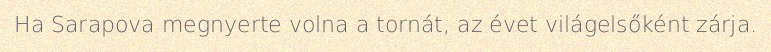
Ha Sarapova megnyerte volna a tornát, az évet világelsőként zárja.